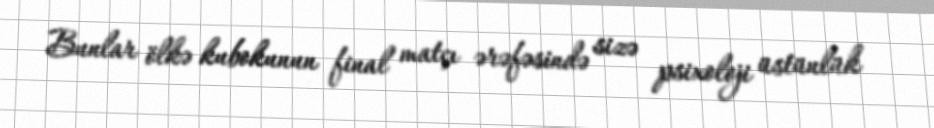
Bunlar ölkə kubokunun final matçı ərəfəsində sizə psixoloji üstünlük